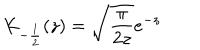
K _ { - { \frac { 1 } { 2 } } } ( z ) = \sqrt { \frac { \pi } { 2 z } } e ^ { - z }